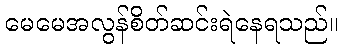
မေမေအလွန်စိတ်ဆင်းရဲနေရသည်။